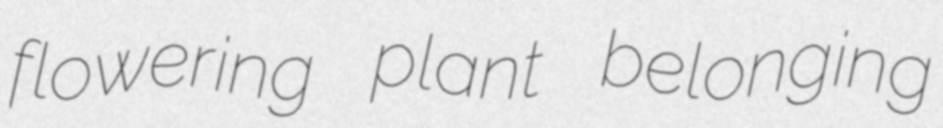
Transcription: flowering plant belonging